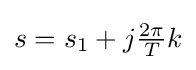
s=s_{1}+j{\tfrac {2\pi }{T}}k